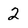
Character: 2